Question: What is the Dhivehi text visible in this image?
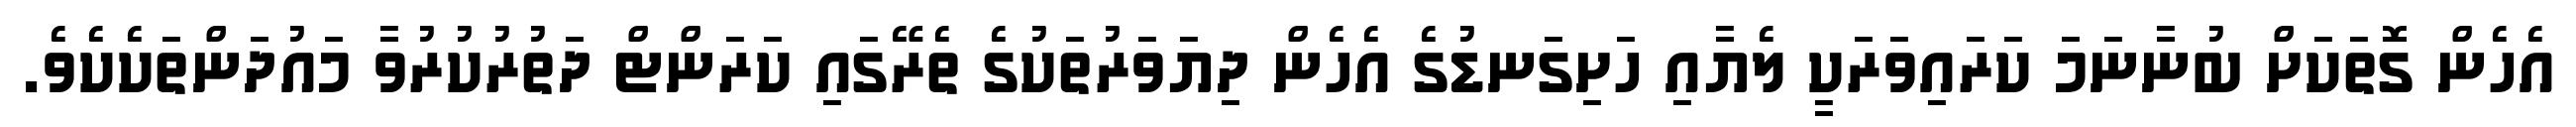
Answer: އެހެން ގޮތަކަށް ބުނާނަމަ ކަރައިވަރަކީ ލެޔާއި ހަށިގަނޑުގެ އެހެން ދިޔަވަރުތަކުގެ ތެރޭގައި ކަރަންޓް ދަތުރުކުރުވާ މައުދަންތަކެކެވެ.